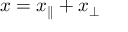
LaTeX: x = x _ { \parallel } + x _ { \perp }